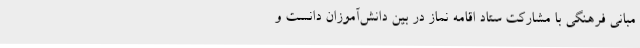
مبانی فرهنگی با مشارکت ستاد اقامه نماز در بین دانش‌آموزان دانست و